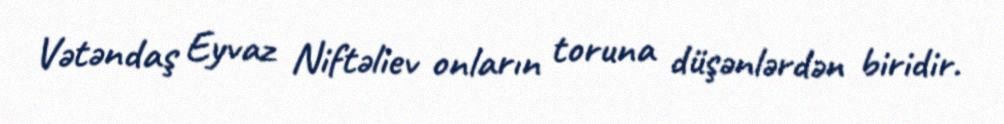
Vətəndaş Eyvaz Niftəliev onların toruna düşənlərdən biridir.